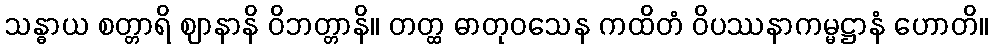
သန္ဓာယ စတ္တာရိ ဈာနာနိ ဝိဘတ္တာနိ။ တတ္ထ ဓာတုဝသေန ကထိတံ ဝိပဿနာကမ္မဋ္ဌာနံ ဟောတိ။